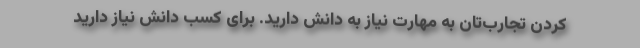
کردن تجارب‌تان به مهارت نیاز به دانش دارید. برای کسب دانش نیاز دارید